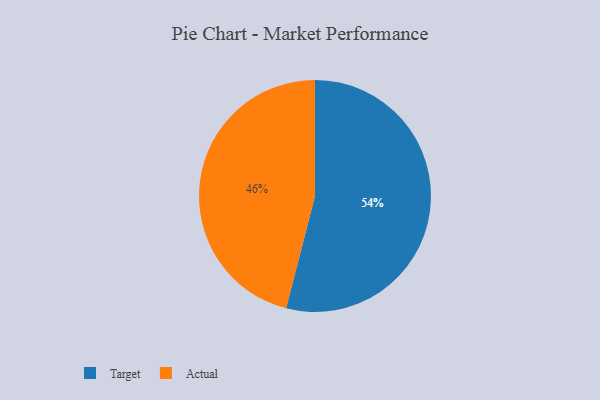
{"axis": {"x": "Category", "y": "Percentage"}, "legend": ["Actual", "Target"], "data": [{"x": "Target", "y": 54, "type": "Target"}, {"x": "Actual", "y": 46, "type": "Actual"}]}